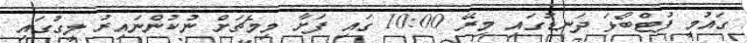
ގައުމީ ފުޓްބޯޅަ ދަނޑުގައި މިރޭ 10:00 ގައި ފަށާ މިމެޗަށް ނުކުންނައިރު ލީގުގައި